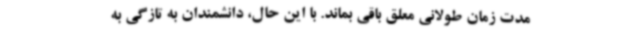
مدت زمان طولانی معلق باقی بماند. با این حال، دانشمندان به تازگی به